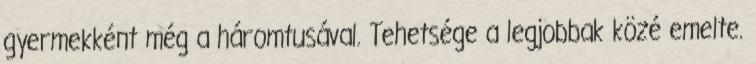
gyermekként még a háromtusával. Tehetsége a legjobbak közé emelte.